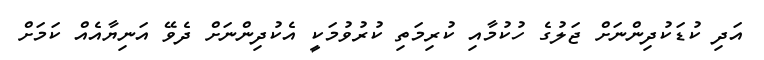
އަދި ކުޑަކުދިންނަށް ޖަލުގެ ހުކުމާއި ކުރިމަތި ކުރުވުމަކީ އެކުދިންނަށް ދެވޭ އަނިޔާއެއް ކަމަށް